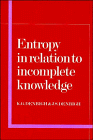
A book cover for Entropy in Relation to Incomplete Knowledge; K. G. Denbigh; Science & Math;